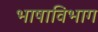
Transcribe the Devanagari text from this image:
भाषाविभाग